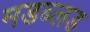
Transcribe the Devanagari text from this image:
मडब्लड